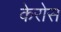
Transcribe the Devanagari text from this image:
केरोस